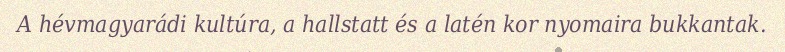
A hévmagyarádi kultúra, a hallstatt és a latén kor nyomaira bukkantak.